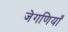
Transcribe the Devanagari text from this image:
जेगणियाँ